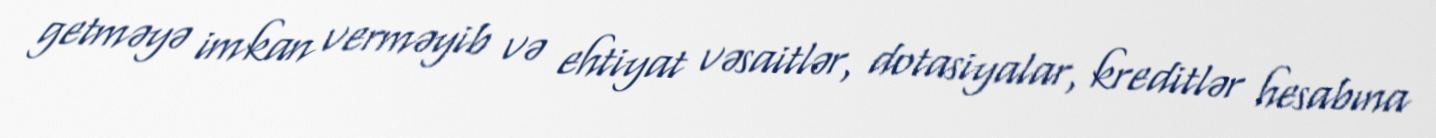
getməyə imkan verməyib və ehtiyat vəsaitlər, dotasiyalar, kreditlər hesabına